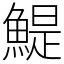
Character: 鯷